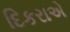
દિકરાએ